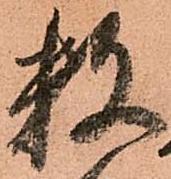
数